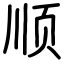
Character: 顺